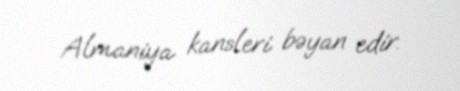
Almaniya kansleri bəyan edir.